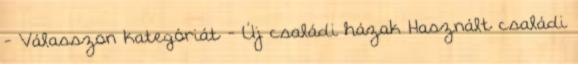
- Válasszon kategóriát - Új családi házak Használt családi